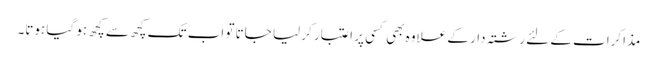
مذاکرات کے لئے رشتہ دار کے علاوہ بھی کسی پر اعتبار کر لیا جاتا تو اب تک کچھ سے کچھ ہو گیا ہوتا۔